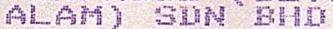
ALAM) SDN BHD